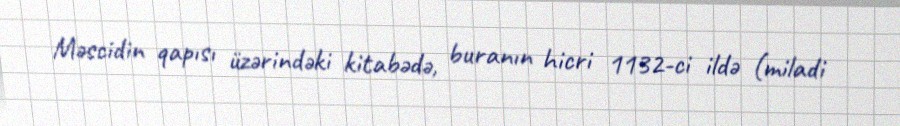
Məscidin qapısı üzərindəki kitabədə, buranın hicri 1132-ci ildə (miladi